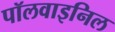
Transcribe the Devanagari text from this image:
पॉलवाइनिल